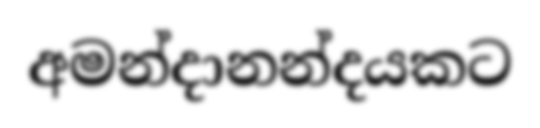
අමන්දානන්දයකට